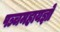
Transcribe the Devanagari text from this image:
पञ्चमहायज्ञों